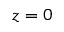
z = 0